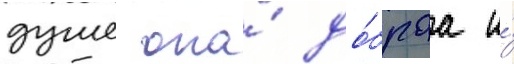
душе она́ до́браа и́